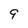
Character: 9